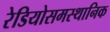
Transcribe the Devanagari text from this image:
रेडियोसमस्थानिक